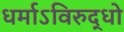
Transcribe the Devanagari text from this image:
धर्माऽविरुद्धो